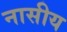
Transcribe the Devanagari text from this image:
नासीय